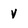
Character: v